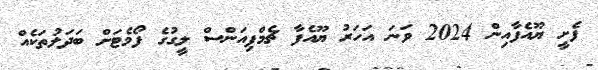
ފެށީ ޔޫއެފާއިން 2024 ވަނަ އަހަރު ޔޫއެފާ ޗެމްޕިއަންސް ލީގުގެ ފޯމެޓަށް ބަދަލުތަކެއް